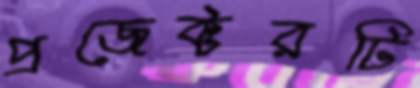
প্রজেক্টরটি